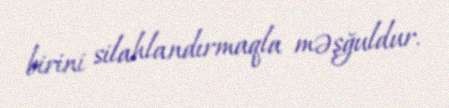
birini silahlandırmaqla məşğuldur.